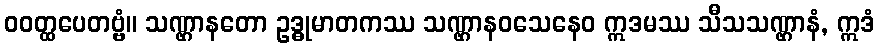
ဝဝတ္ထပေတဗ္ဗံ။ သဏ္ဌာနတော ဥဒ္ဓုမာတကဿ သဏ္ဌာနဝသေနေဝ ဣဒမဿ သီသသဏ္ဌာနံ, ဣဒံ